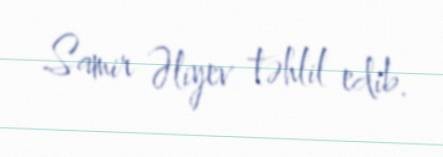
Samir Əliyev təhlil edib.